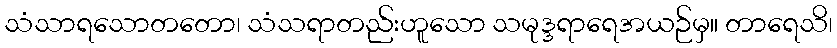
သံသာရသောတတော၊ သံသရာတည်းဟူသော သမုဒ္ဒရာရေအယဉ်မှ။ တာရေသိ၊